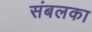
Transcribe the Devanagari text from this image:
संबलका